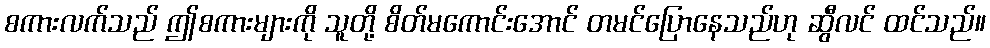
စကားလက်သည် ဤစကားများကို သူတို့ စိတ်မကောင်းအောင် တမင်ပြောနေသည်ဟု ဆွီလင် ထင်သည်။